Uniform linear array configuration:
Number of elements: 8
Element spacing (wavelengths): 1
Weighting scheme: binomial
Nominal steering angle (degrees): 0
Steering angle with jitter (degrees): -1.523
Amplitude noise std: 0.05
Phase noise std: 0.05

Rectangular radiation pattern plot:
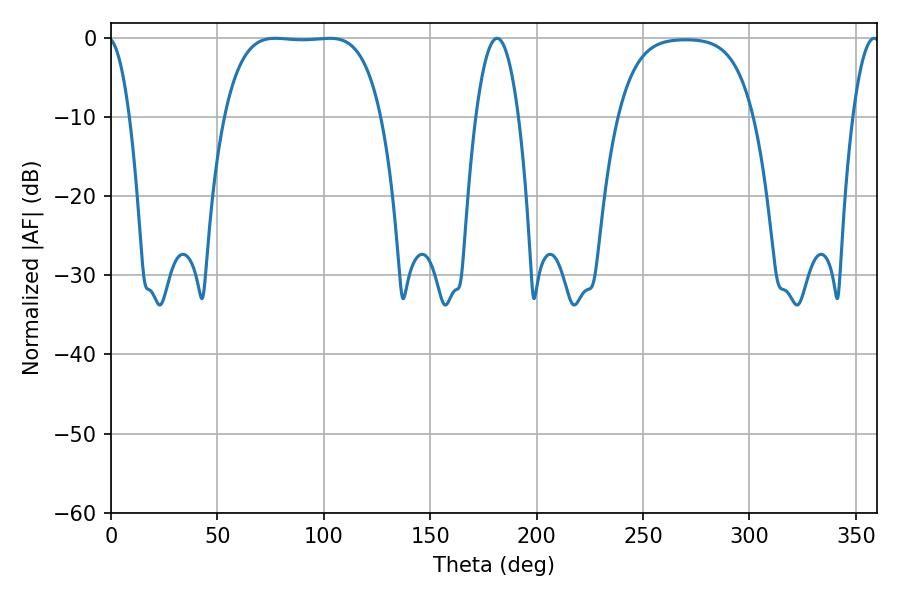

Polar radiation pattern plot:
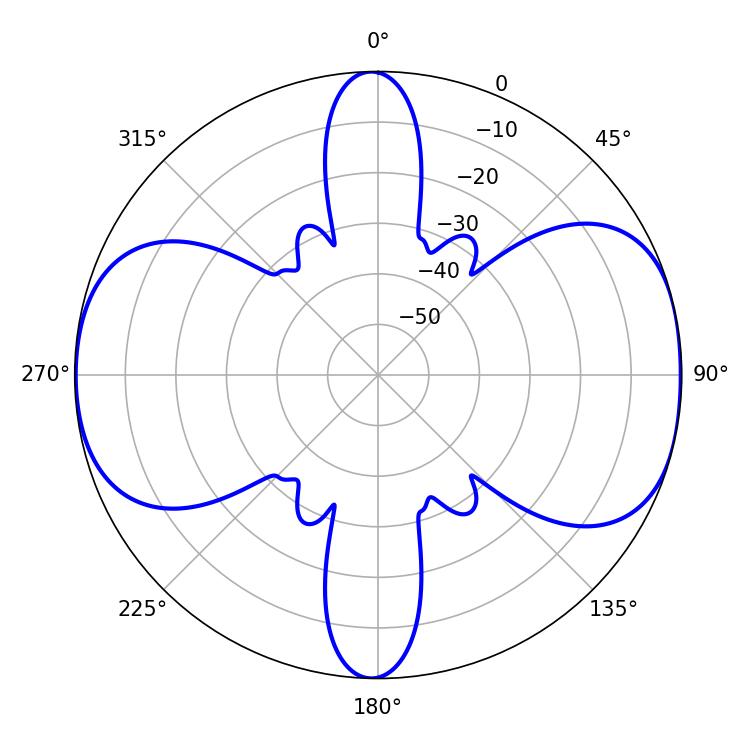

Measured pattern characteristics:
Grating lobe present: TRUE
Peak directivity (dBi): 9.665
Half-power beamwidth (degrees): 57.24
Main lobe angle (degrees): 77.22